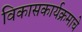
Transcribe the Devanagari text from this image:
विकासकार्यक्रमाचे